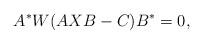
LaTeX: \begin{align*}A^{*}W(AXB-C)B^{*}=0, \end{align*}